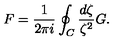
F = \frac { 1 } { 2 \pi i } \oint _ { C } \frac { d \zeta } { \zeta ^ { 2 } } G .